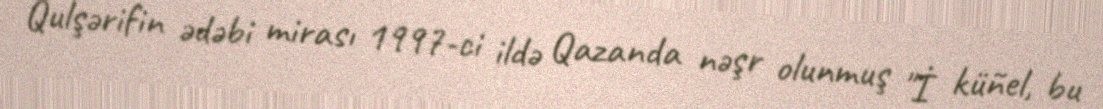
Qulşərifin ədəbi mirası 1997-ci ildə Qazanda nəşr olunmuş "İ küñel, bu